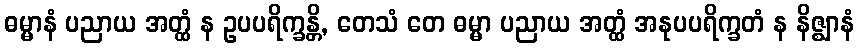
ဓမ္မာနံ ပညာယ အတ္ထံ န ဥပပရိက္ခန္တိ, တေသံ တေ ဓမ္မာ ပညာယ အတ္ထံ အနုပပရိက္ခတံ န နိဇ္ဈာနံ